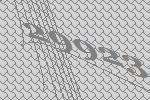
29923